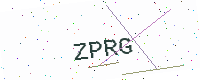
Text: ZPRG